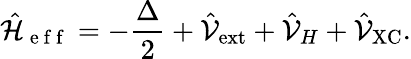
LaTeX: \hat{\mathcal{H}}_{\mathrm{~e~f~f~}}=-\frac{\Delta}{2}+\hat{\mathcal{V}}_{\mathrm{ext}}+\hat{\mathcal{V}}_{H}+\hat{\mathcal{V}}_{\mathrm{XC}}.